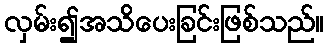
လှမ်း၍အသိပေးခြင်းဖြစ်သည်။